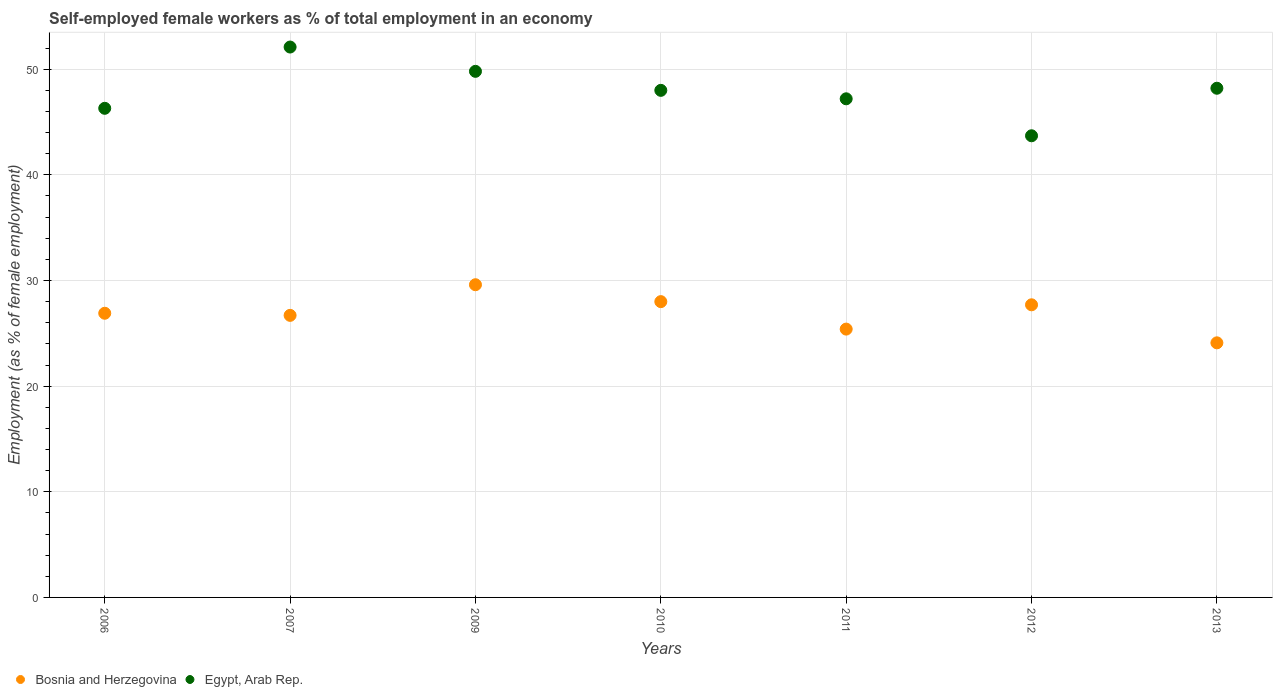
| Years | Bosnia and Herzegovina | Egypt, Arab Rep. |
 | --- | --- | --- |
 | 2006 | 26.9 | 46.3 |
 | 2007 | 26.7 | 52.1 |
 | 2009 | 29.6 | 49.8 |
 | 2010 | 28 | 48 |
 | 2011 | 25.4 | 47.2 |
 | 2012 | 27.7 | 43.7 |
 | 2013 | 24.1 | 48.2 |